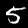
Digit: 5